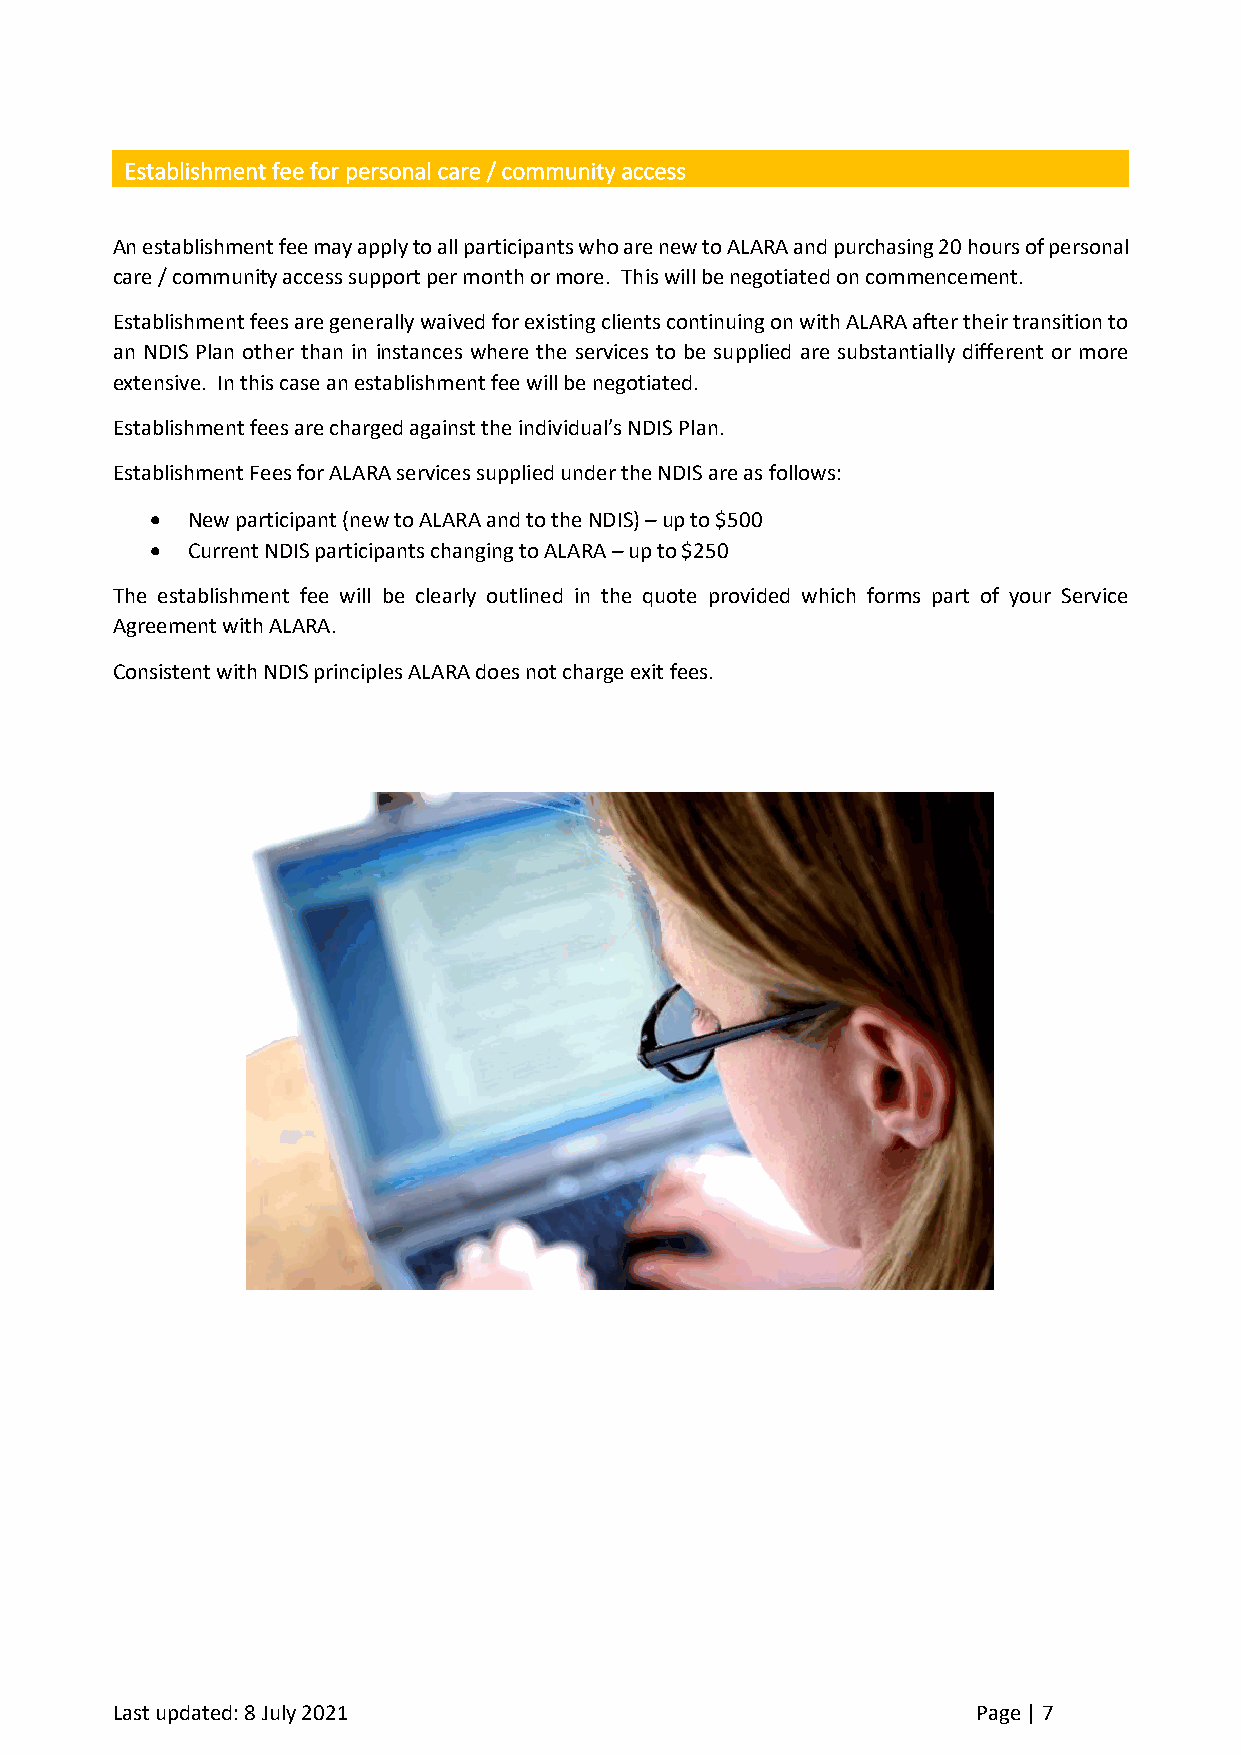
Establishment fee for personal care / community access
 An establishment fee may apply to all participants who are new to ALARA and purchasing 20 hours of personal
 care / community access support per month or more. This will be negotiated on commencement.
 Establishment fees are generally waived for existing clients continuing on with ALARA after their transition to
 an NDIS Plan other than in instances where the services to be supplied are substantially different or more
 extensive. In this case an establishment fee will be negotiated.
 Establishment fees are charged against the individual’s NDIS Plan.
 Establishment Fees for ALARA services supplied under the NDIS are as follows:
 • New participant (new to ALARA and to the NDIS) – up to $500
 • Current NDIS participants changing to ALARA – up to $250
 The establishment fee will be clearly outlined in the quote provided which forms part of your Service
 Agreement with ALARA.
 Consistent with NDIS principles ALARA does not charge exit fees.
 Last updated: 8 July 2021                                 Page | 7